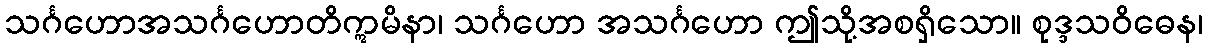
သင်္ဂဟောအသင်္ဂဟောတိဣမိနာ၊ သင်္ဂဟော အသင်္ဂဟော ဤသို့အစရှိသော။ စုဒ္ဒသဝိဓေန၊